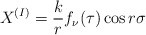
\begin{align*}X^{(I)} = {\displaystyle \frac{k}{r} f_{\nu} (\tau) \cos r\sigma }\end{align*}